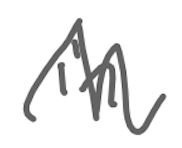
Text: in
Cross-out: zig-zag
Writing tool: digital_gray